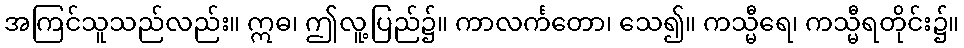
အကြင်သူသည်လည်း။ ဣဓ၊ ဤလူ့ပြည်၌။ ကာလင်္ကတော၊ သေ၍။ ကသ္မီရေ၊ ကသ္မီရတိုင်း၌။